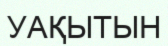
УАҚЫТЫН